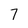
Character: 7